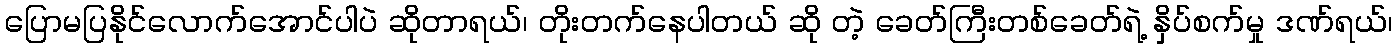
ပြောမပြနိုင်လောက်အောင်ပါပဲ ဆိုတာရယ်၊ တိုးတက်နေပါတယ် ဆို တဲ့ ခေတ်ကြီးတစ်ခေတ်ရဲ့ နှိပ်စက်မှု ဒဏ်ရယ်၊